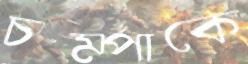
চম্পাকে